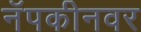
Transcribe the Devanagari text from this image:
नॅपकीनवर